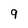
Character: 9